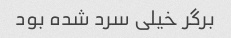
برگر خیلی سرد شده بود